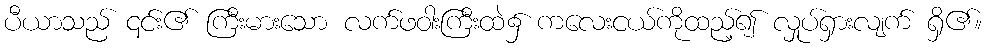
ပီယာသည် ၎င်း၏ ကြီးမားသော လက်ဖဝါးကြီးထဲ၌ ကလေးငယ်ကိုထည့်၍ လှုပ်ရှားလျက် ရှိ၏။